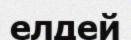
елдей